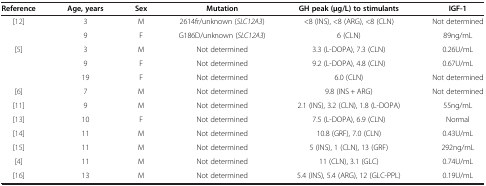
<table><thead><tr><td><b>Reference</b></td><td><b>Age, years</b></td><td><b>Sex</b></td><td><b>Mutation</b></td><td><b>GH peak (μg/L) to stimulants</b></td><td><b>IGF-1</b></td></tr></thead><tbody><tr><td rowspan="2">[12]</td><td>3</td><td>M</td><td>2614fr/unknown (<i>SLC12A3</i>)</td><td>&lt;8 (INS), &lt;8 (ARG), &lt;8 (CLN)</td><td>Not determined</td></tr><tr><td>9</td><td>F</td><td>G186D/unknown (<i>SLC12A3</i>)</td><td>6 (CLN)</td><td>89ng/mL</td></tr><tr><td rowspan="3">[5]</td><td>3</td><td>M</td><td>Not determined</td><td>3.3 (l-DOPA), 7.3 (CLN)</td><td>0.26U/mL</td></tr><tr><td>9</td><td>F</td><td>Not determined</td><td>9.2 (l-DOPA), 4.8 (CLN)</td><td>0.67U/mL</td></tr><tr><td>19</td><td>F</td><td>Not determined</td><td>6.0 (CLN)</td><td>Not determined</td></tr><tr><td>[6]</td><td>7</td><td>M</td><td>Not determined</td><td>9.8 (INS + ARG)</td><td>Not determined</td></tr><tr><td>[11]</td><td>9</td><td>M</td><td>Not determined</td><td>2.1 (INS), 3.2 (CLN), 1.8 (l-DOPA)</td><td>55ng/mL</td></tr><tr><td>[13]</td><td>10</td><td>F</td><td>Not determined</td><td>7.5 (l-DOPA), 6.9 (CLN)</td><td>Normal</td></tr><tr><td>[14]</td><td>11</td><td>M</td><td>Not determined</td><td>10.8 (GRF), 7.0 (CLN)</td><td>0.43U/mL</td></tr><tr><td>[15]</td><td>11</td><td>M</td><td>Not determined</td><td>5 (INS), 1 (CLN), 13 (GRF)</td><td>292ng/mL</td></tr><tr><td>[4]</td><td>11</td><td>M</td><td>Not determined</td><td>11 (CLN), 3.1 (GLC)</td><td>0.74U/mL</td></tr><tr><td>[16]</td><td>13</td><td>M</td><td>Not determined</td><td>5.4 (INS), 5.4 (ARG), 12 (GLC-PPL)</td><td>0.19U/mL</td></tr></tbody></table>